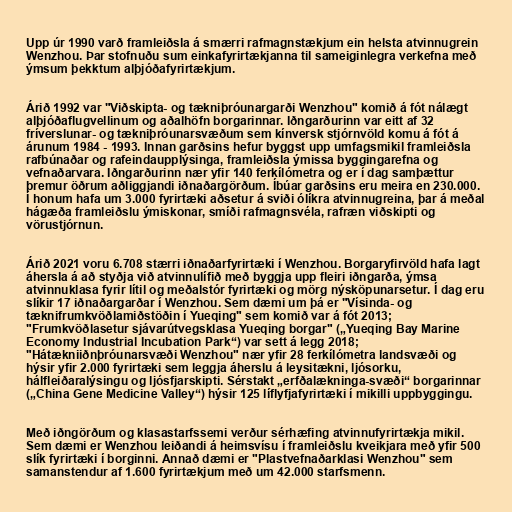
Upp úr 1990 varð framleiðsla á smærri rafmagnstækjum ein helsta atvinnugrein
Wenzhou. Þar stofnuðu sum einkafyrirtækjanna til sameiginlegra verkefna með
ýmsum þekktum alþjóðafyrirtækjum.

Árið 1992 var "Viðskipta- og tækniþróunargarði Wenzhou" komið á fót nálægt
alþjóðaflugvellinum og aðalhöfn borgarinnar. Iðngarðurinn var eitt af 32
fríverslunar- og tækniþróunarsvæðum sem kínversk stjórnvöld komu á fót á
árunum 1984 - 1993. Innan garðsins hefur byggst upp umfagsmikil framleiðsla
rafbúnaðar og rafeindaupplýsinga, framleiðsla ýmissa byggingarefna og
vefnaðarvara. Iðngarðurinn nær yfir 140 ferkílómetra og er í dag samþættur
þremur öðrum aðliggjandi iðnaðargörðum. Íbúar garðsins eru meira en 230.000.
Í honum hafa um 3.000 fyrirtæki aðsetur á sviði ólíkra atvinnugreina, þar á meðal
hágæða framleiðslu ýmiskonar, smíði rafmagnsvéla, rafræn viðskipti og
vörustjórnun.

Árið 2021 voru 6.708 stærri iðnaðarfyrirtæki í Wenzhou. Borgaryfirvöld hafa lagt
áhersla á að styðja við atvinnulífið með byggja upp fleiri iðngarða, ýmsa
atvinnuklasa fyrir lítil og meðalstór fyrirtæki og mörg nýsköpunarsetur. Í dag eru
slíkir 17 iðnaðargarðar í Wenzhou. Sem dæmi um þá er "Vísinda- og
tæknifrumkvöðlamiðstöðin í Yueqing" sem komið var á fót 2013;
"Frumkvöðlasetur sjávarútvegsklasa Yueqing borgar" („Yueqing Bay Marine
Economy Industrial Incubation Park“) var sett á legg 2018;
"Hátækniiðnþróunarsvæði Wenzhou" nær yfir 28 ferkílómetra landsvæði og
hýsir yfir 2.000 fyrirtæki sem leggja áherslu á leysitækni, ljósorku,
hálfleiðaralýsingu og ljósfjarskipti. Sérstakt „erfðalækninga-svæði“ borgarinnar
(„China Gene Medicine Valley“) hýsir 125 líflyfjafyrirtæki í mikilli uppbyggingu.

Með iðngörðum og klasastarfssemi verður sérhæfing atvinnufyrirtækja mikil.
Sem dæmi er Wenzhou leiðandi á heimsvísu í framleiðslu kveikjara með yfir 500
slík fyrirtæki í borginni. Annað dæmi er "Plastvefnaðarklasi Wenzhou" sem
samanstendur af 1.600 fyrirtækjum með um 42.000 starfsmenn.